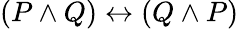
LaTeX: (P\land Q)\leftrightarrow(Q\land P)